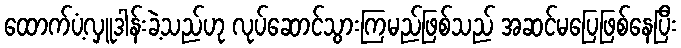
ထောက်ပံ့လှူဒါန်းခဲ့သည်ဟု လုပ်ဆောင်သွားကြမည်ဖြစ်သည် အဆင်မပြေဖြစ်နေပြီး